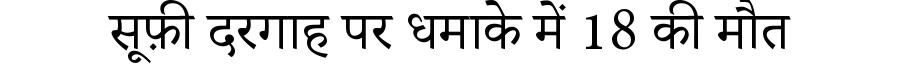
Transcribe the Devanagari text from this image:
सूफ़ी दरगाह पर धमाके में 18 की मौत